Medical and sanitary report of the native army of Madras for the year
Year: 1876
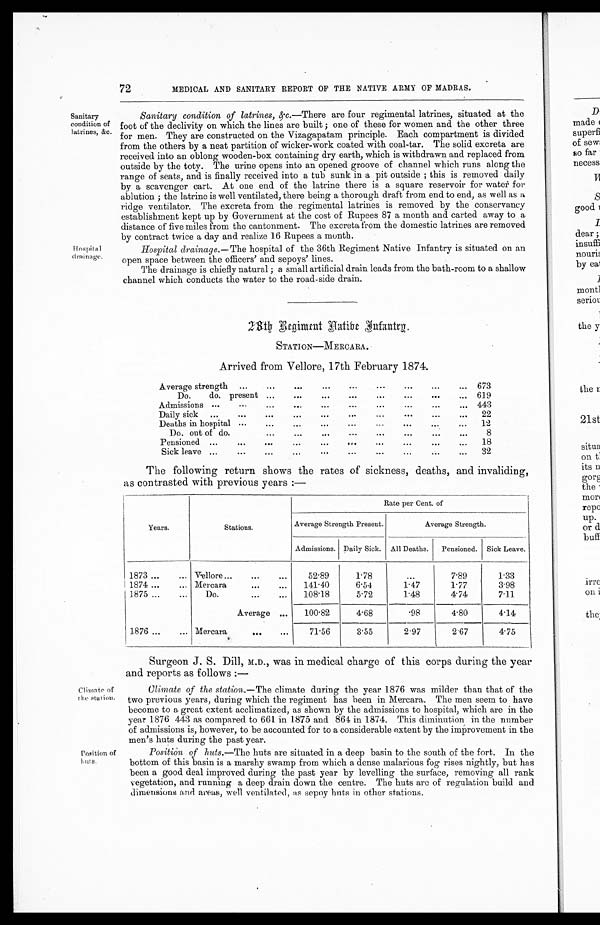
72
MEDICAL AND SANITARY REPORT OF THE NATIVE ARMY OF MADRAS.
Sanitary
condition of
latrines, &c.
Hospital
drainage.
Sanitary condition of latrines, &c.—There are four regimental latrines, situated at the
foot of the declivity on which the lines are built ; one of these for women and the other three
for men. They are constructed on the Vizagapatam principle. Each compartment is divided
from the others by a neat partition of wicker-work coated with coal-tar. The solid excreta are
received into an oblong wooden-box containing dry earth, which is withdrawn and replaced from
outside by the toty. The urine opens into an opened groove of channel which runs along the
range of seats, and is finally received into a tub sunk in a pit outside ; this is removed daily
by a scavenger cart. At one end of the latrine there is a square reservoir for water for
ablution ; the latrine is well ventilated, there being a thorough draft from end to end, as well as a
ridge ventilator. The excreta from the regimental latrines is removed by the conservancy
establishment kept up by Government at the cost of Rupees 87 a month and carted away to a
distance of five miles from the cantonment. The excreta from the domestic latrines are removed
by contract twice a day and realize 16 Rupees a month.
Hospitals drainage.— The hospital of the 36th Regiment Native Infantry is situated on an
open space between the officers' and sepoys' lines.
The drainage is chiefly natural ; a small artificial drain leads from the bath-room to a shallow
channel which conducts the water to the road-side drain.
Climate of
the station.
Position of
huts.
28th Regiment
Native Infantry
STATION—MERCARA.
Arrived from Vellore, 17th February 1874.
Average strength ...
...
... ...
...
...
...
...
... 673
Do.
do. present ...
...
...
...
. . .
... 619
Admissions ...
...
...
...
...
...
. . .
... 443
Daily sick
...
...
...
...
...
...
...
...
22
Deaths in hospital
...
...
.
...
...
...
..
...
12
Do. out of do.
...
...
...
...
. . .
...
...
Pensioned ...
...
...
. I e . . . . . .
...
18
Sick leave ...
...
...
...
...
...
...
. . .
...
32
The following return shows the rates of sickness, deaths, and invaliding,
as contrasted with previous years :—
Years.
Stations.
Rate per Cent. of
Average Strength Present.
Average Strength.
Admissions. Daily Sick.
All Deaths.
Pensioned.
Sick Leave.
1873 ...
... Vellore..
...
...
5 2 . 8 9
1.78
7.89
1.33
1874 ...
... Mercara
...
...
141.40
6 . 5 4
1.47
1.77
3.98
1875 ...
...
Do.
...
...
108.18
5.72
1.48
4.74
7.11
Average ...
100.82
4.68
.98
4.80
4.14
1876 ...
... Mercara
71.56
3.55
2.97
2.67
4.75
Surgeon J. S. Dill, M.D., was in medical charge of this corps during the year
and reports as follows :—
Climate of the station.— The climate during the year 1876 was milder than that of the
two previous years, during which the regiment has been in Mercara. The men seem to have
become to a great extent acclimatized, as shown by the admissions to hospital, which are in the
year 1876 443 as compared to 661 in 1875 and 864 in 1874. This diminution in the number
of admissions is, however, to be accounted for to a considerable extent by the improvement in the
men's huts during the past year.
Position of huts.—The huts are situated in a deep basin to the south of the fort. In the
bottom of this basin is a marshy swamp from which a dense malarious fog rises nightly, but has
been a good deal improved during the past year by levelling the surface, removing all rank
vegetation, and running a deep drain down the centre. The huts are of regulation build and
dimensions and areas, well ventilated, as sepoy huts in other stations.